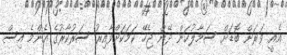
އެއީ ވަރަށް ބޮޑަށް ސަމާލުކަން ދޭން ޖެހޭ ކަމަކަށްވާއިރު ސަރުކާރުގެ އެންމެ އިސް